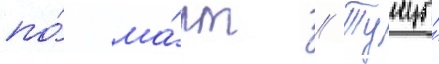
по́ ма́рт // Тунцы́